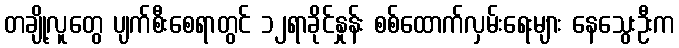
တချို့လူတွေ ပျက်စီးစေရာတွင် ၁၂ရာခိုင်နှုန်း စစ်ထောက်လှမ်းရေးများ နေသွေးဦးက